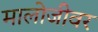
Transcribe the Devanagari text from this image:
मालोजीवर